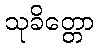
သုခိတ္တော